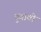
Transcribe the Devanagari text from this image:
पुवावी